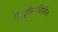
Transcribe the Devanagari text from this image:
गैस्ट्रोसचिसिस